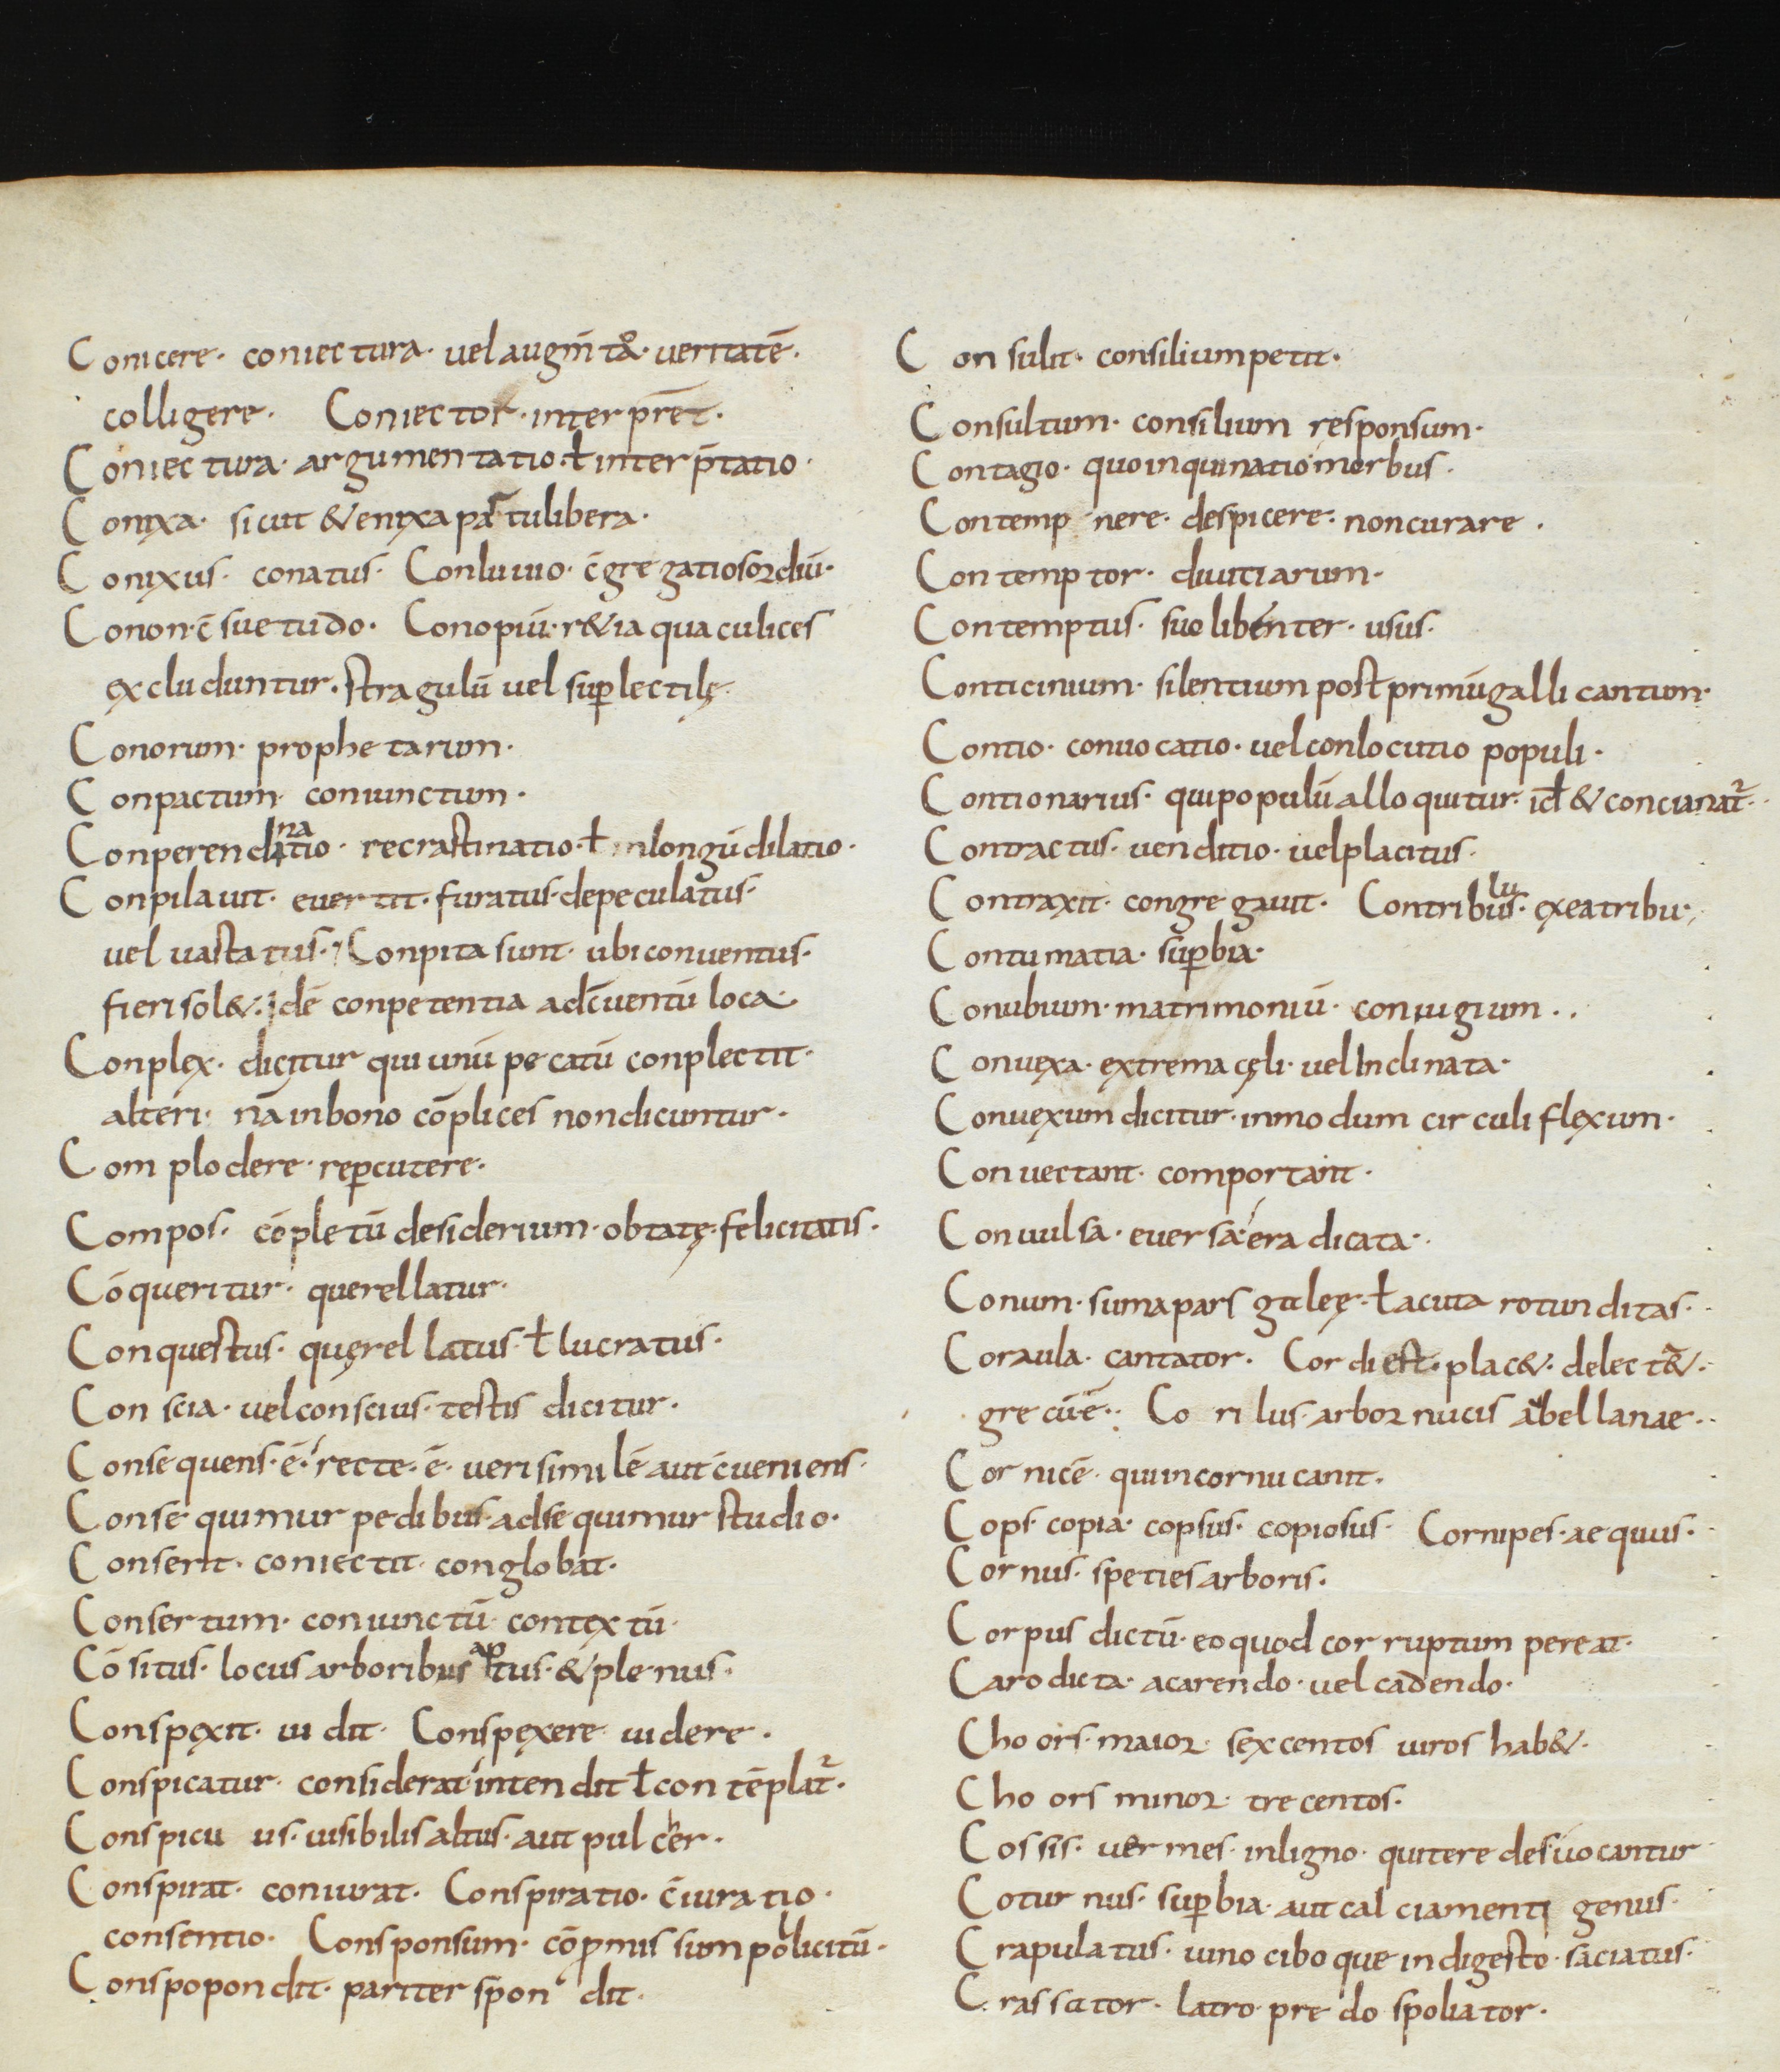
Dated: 850–899